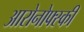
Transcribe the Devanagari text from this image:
आरोनोफ्स्की